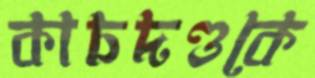
কাচদণ্ডকে